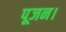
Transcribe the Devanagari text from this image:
पूजन।